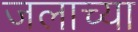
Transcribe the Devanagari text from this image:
जलाच्या